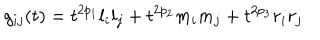
LaTeX: g _ { i j } ( t ) = t ^ { 2 p _ { 1 } } l _ { i } l _ { j } + t ^ { 2 p _ { 2 } } m _ { i } m _ { j } + t ^ { 2 p _ { 3 } } r _ { i } r _ { j }